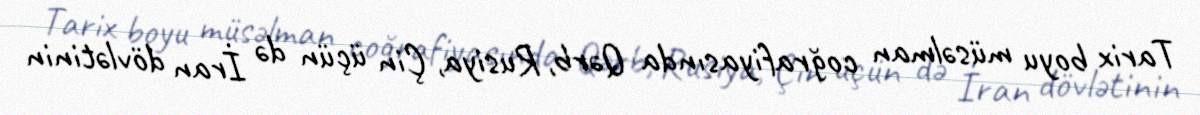
Tarix boyu müsəlman coğrafiyasında Qərb, Rusiya, Çin üçün də İran dövlətinin